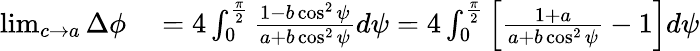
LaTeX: \begin{array}{rl}{\operatorname*{lim}_{c\rightarrow a}\Delta\phi}&{{}=4\int_{0}^{\frac{\pi}{2}}\frac{1-b\cos^{2}\psi}{a+b\cos^{2}\psi}d\psi=4\int_{0}^{\frac{\pi}{2}}\Big[\frac{1+a}{a+b\cos^{2}\psi}-1\Big]d\psi}\end{array}